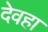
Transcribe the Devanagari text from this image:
देवहा